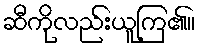
ဆီကိုလည်းယူကြ၏။